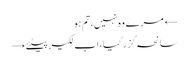
← مرے وہ نہیں، تم ہو
سانحہ گزر گیا، اب لکیر پیٹئے →